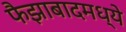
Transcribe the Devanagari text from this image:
फैझाबादमध्ये